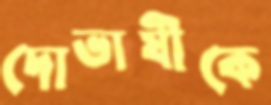
দোভাষীকে